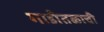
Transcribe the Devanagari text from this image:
गाडीतळाची